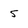
Character: 5